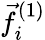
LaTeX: \vec{f}_{i}^{(1)}